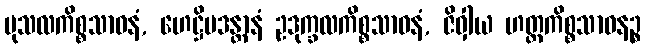
မုသလကိစ္စသာဓနံ, ဟေဋ္ဌိမဒန္တာနံ ဥဒုက္ခလကိစ္စသာဓနံ, ဇိဝှါယ ဟတ္ထကိစ္စသာဓနဉ္စ